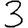
Digit: 3